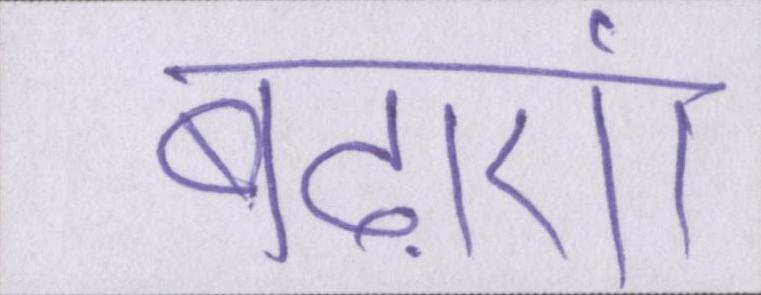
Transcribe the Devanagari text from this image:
बढ़ाएं।